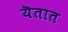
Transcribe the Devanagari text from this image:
यॆतात